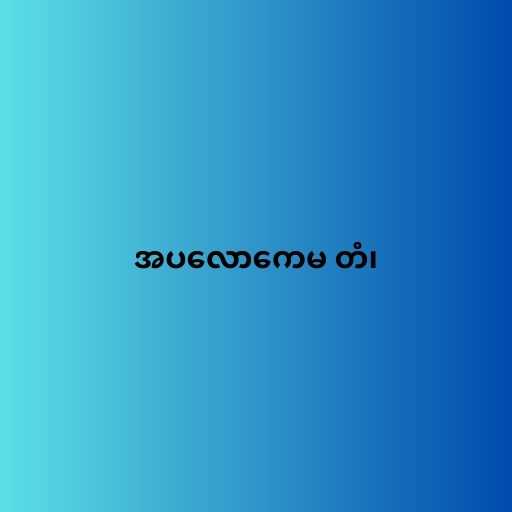
အပလောကေမ တံ၊